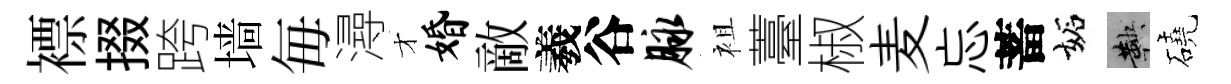
褾掇跨墙毎潯才婚敵羲谷脉袓薹椒麦忘蓄妬鞅磽